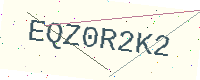
Text: EQZ0R2K2